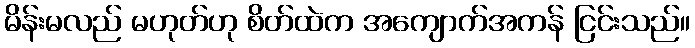
မိန်းမလည် မဟုတ်ဟု စိတ်ထဲက အကျောက်အကန် ငြင်းသည်။